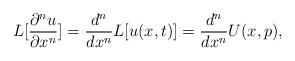
LaTeX: \begin{align*}L[\frac{\partial^n u}{\partial x^n}]=\frac{d^n}{dx^n} L[u(x,t)]=\frac{d^n }{dx^n}U(x,p),\end{align*}